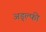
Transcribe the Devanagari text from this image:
अड्ल्फी